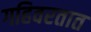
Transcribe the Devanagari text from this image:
गहिवरतात